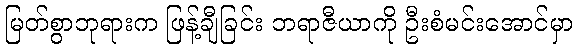
မြတ်စွာဘုရားက ဖြန့်ချီခြင်း ဘရာဇီယာကို ဦးစံမင်းအောင်မှာ